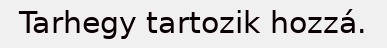
Tarhegy tartozik hozzá.